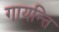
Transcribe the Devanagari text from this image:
गायन्ति